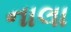
નાલા